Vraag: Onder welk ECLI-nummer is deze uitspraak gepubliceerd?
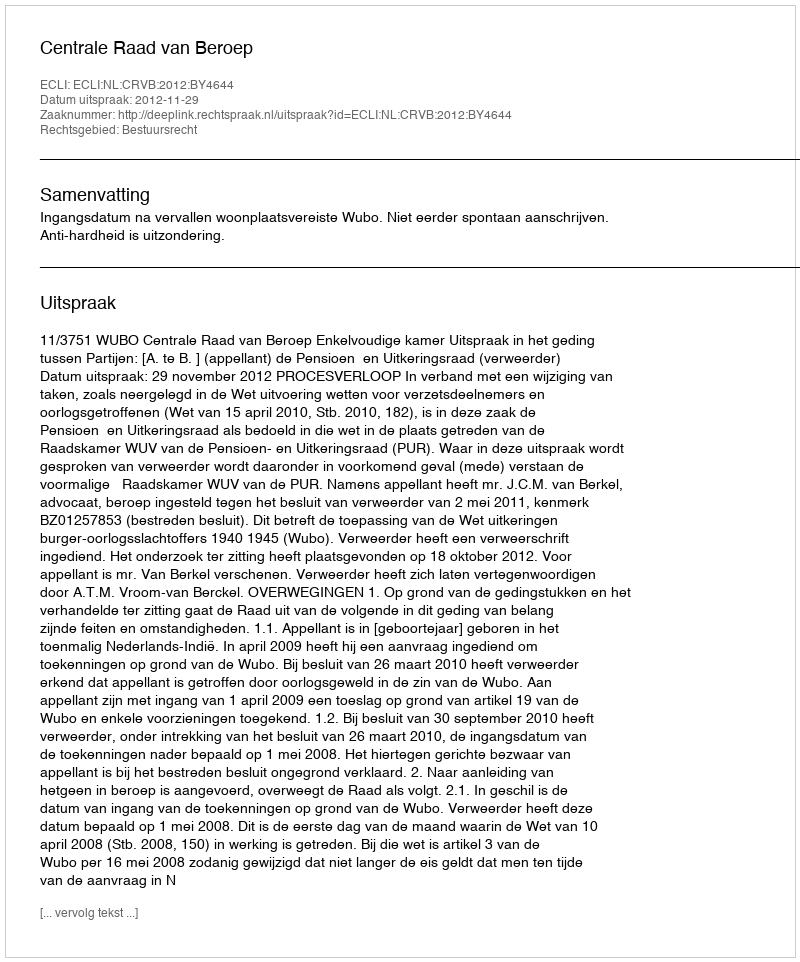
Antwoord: ECLI:NL:CRVB:2012:BY4644